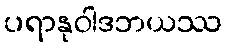
ပရာနုဝါဒဘယဿ